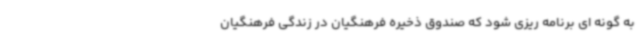
به گونه ای برنامه ریزی شود که صندوق ذخیره فرهنگیان در زندگی فرهنگیان